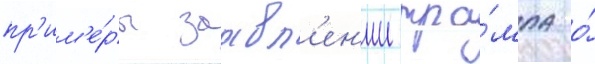
пр'им'е́ры заавл'ен'ии тра́мпа о́